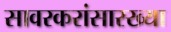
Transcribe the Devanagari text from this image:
सावरकरांसारख्या